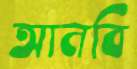
আনবি